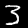
Digit: 3